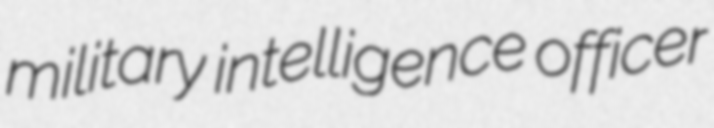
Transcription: military intelligence officer